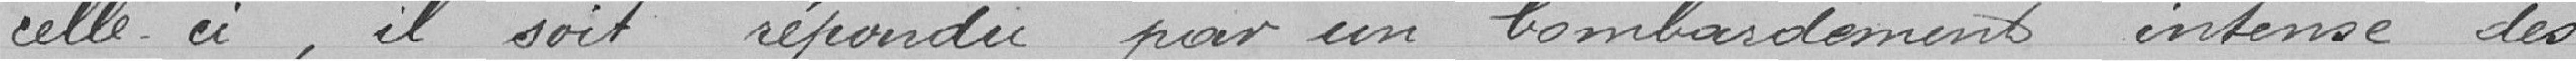
celle-ci, il soit répondu par un bombardement intense des